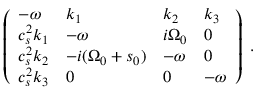
\left( \begin{array} { l l l l } { - { \omega } } & { k _ { 1 } } & { k _ { 2 } } & { k _ { 3 } } \\ { c _ { s } ^ { 2 } k _ { 1 } } & { - { \omega } } & { i { \Omega } _ { 0 } } & { 0 } \\ { c _ { s } ^ { 2 } k _ { 2 } } & { - i ( { \Omega } _ { 0 } + s _ { 0 } ) } & { - { \omega } } & { 0 } \\ { c _ { s } ^ { 2 } k _ { 3 } } & { 0 } & { 0 } & { - { \omega } } \end{array} \right) \; .